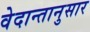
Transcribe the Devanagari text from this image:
वेदान्तानुसार